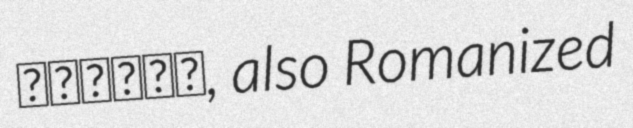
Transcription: ديودان, also Romanized